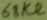
Text: 68kΩ